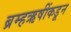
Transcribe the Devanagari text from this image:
ब्रम्हऋषींकडून